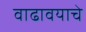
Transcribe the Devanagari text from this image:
वाढावयाचे